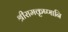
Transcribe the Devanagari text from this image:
श्रीरामकृष्णानि